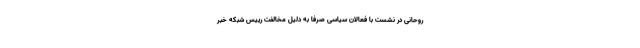
روحانی در نشست با فعالان سیاسی صرفاً به دلیل مخالفت رییس شبکه خبر